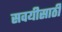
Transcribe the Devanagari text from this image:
सवयीसाठी